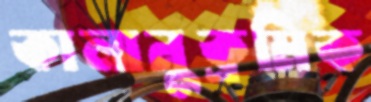
কালানুক্রমিক